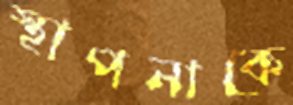
স্থাপনাকে